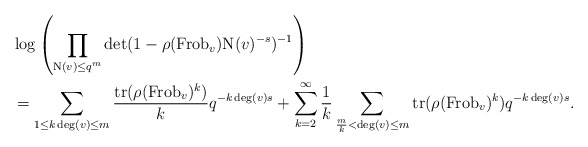
\begin{align*}&\log \left(\prod_{\mathrm{N}(v) \leq q^{m}} \det(1-\rho(\mathrm{Frob}_{v}) \mathrm{N}(v)^{-s})^{-1} \right)\\& = \sum_{1 \leq k \deg(v) \leq m} \frac{\mathrm{tr}(\rho(\mathrm{Frob}_{v})^{k})}{k} q^{-k \deg(v) s} + \sum_{k = 2}^{\infty} \frac{1}{k} \sum_{\frac{m}{k} < \deg(v) \leq m} \mathrm{tr}(\rho(\mathrm{Frob}_{v})^{k}) q^{-k \deg(v) s}.\end{align*}